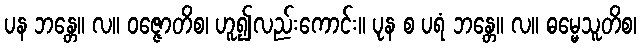
ပန ဘန္တေ။ လ။ ဝဇ္ဇောတိစ၊ ဟူ၍လည်းကောင်း။ ပုန စ ပရံ ဘန္တေ။ လ။ ဓမ္မေသူတိစ၊